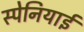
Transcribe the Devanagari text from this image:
स्‍पेनियाई